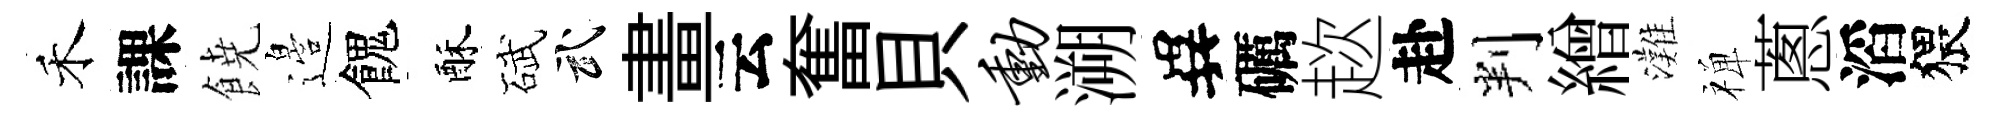
禾課𩜙邉餽酥碔武畫云奮貝动溯異礪趑赴判繒灘禅蔥滔猥